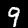
Digit: 9